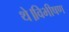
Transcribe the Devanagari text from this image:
थे।विभीषण